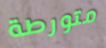
متورطة